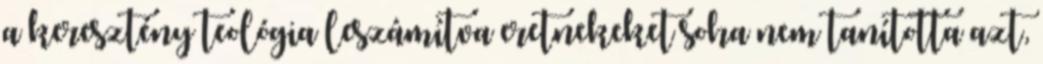
a keresztény teológia leszámítva eretnekeket soha nem tanította azt,